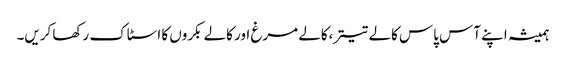
ہمیشہ اپنے آس پاس کالے تیتر،کالے مرغ اور کالے بکروں کا اسٹاک رکھا کریں۔